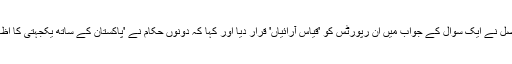
تاہم اس حوالے سے ہفتہ وار بریفنگ کے دوران ڈاکٹر محمد فیصل نے ایک سوال کے جواب میں ان رپورٹس کو 'قیاس آرائیاں' قرار دیا اور کہا کہ دونوں حکام نے 'پاکستان کے ساتھ یکجہتی کا اظہار کیا اور کشمیر کاز کے لیے حمایت کی یقین دہانی کروائی'۔